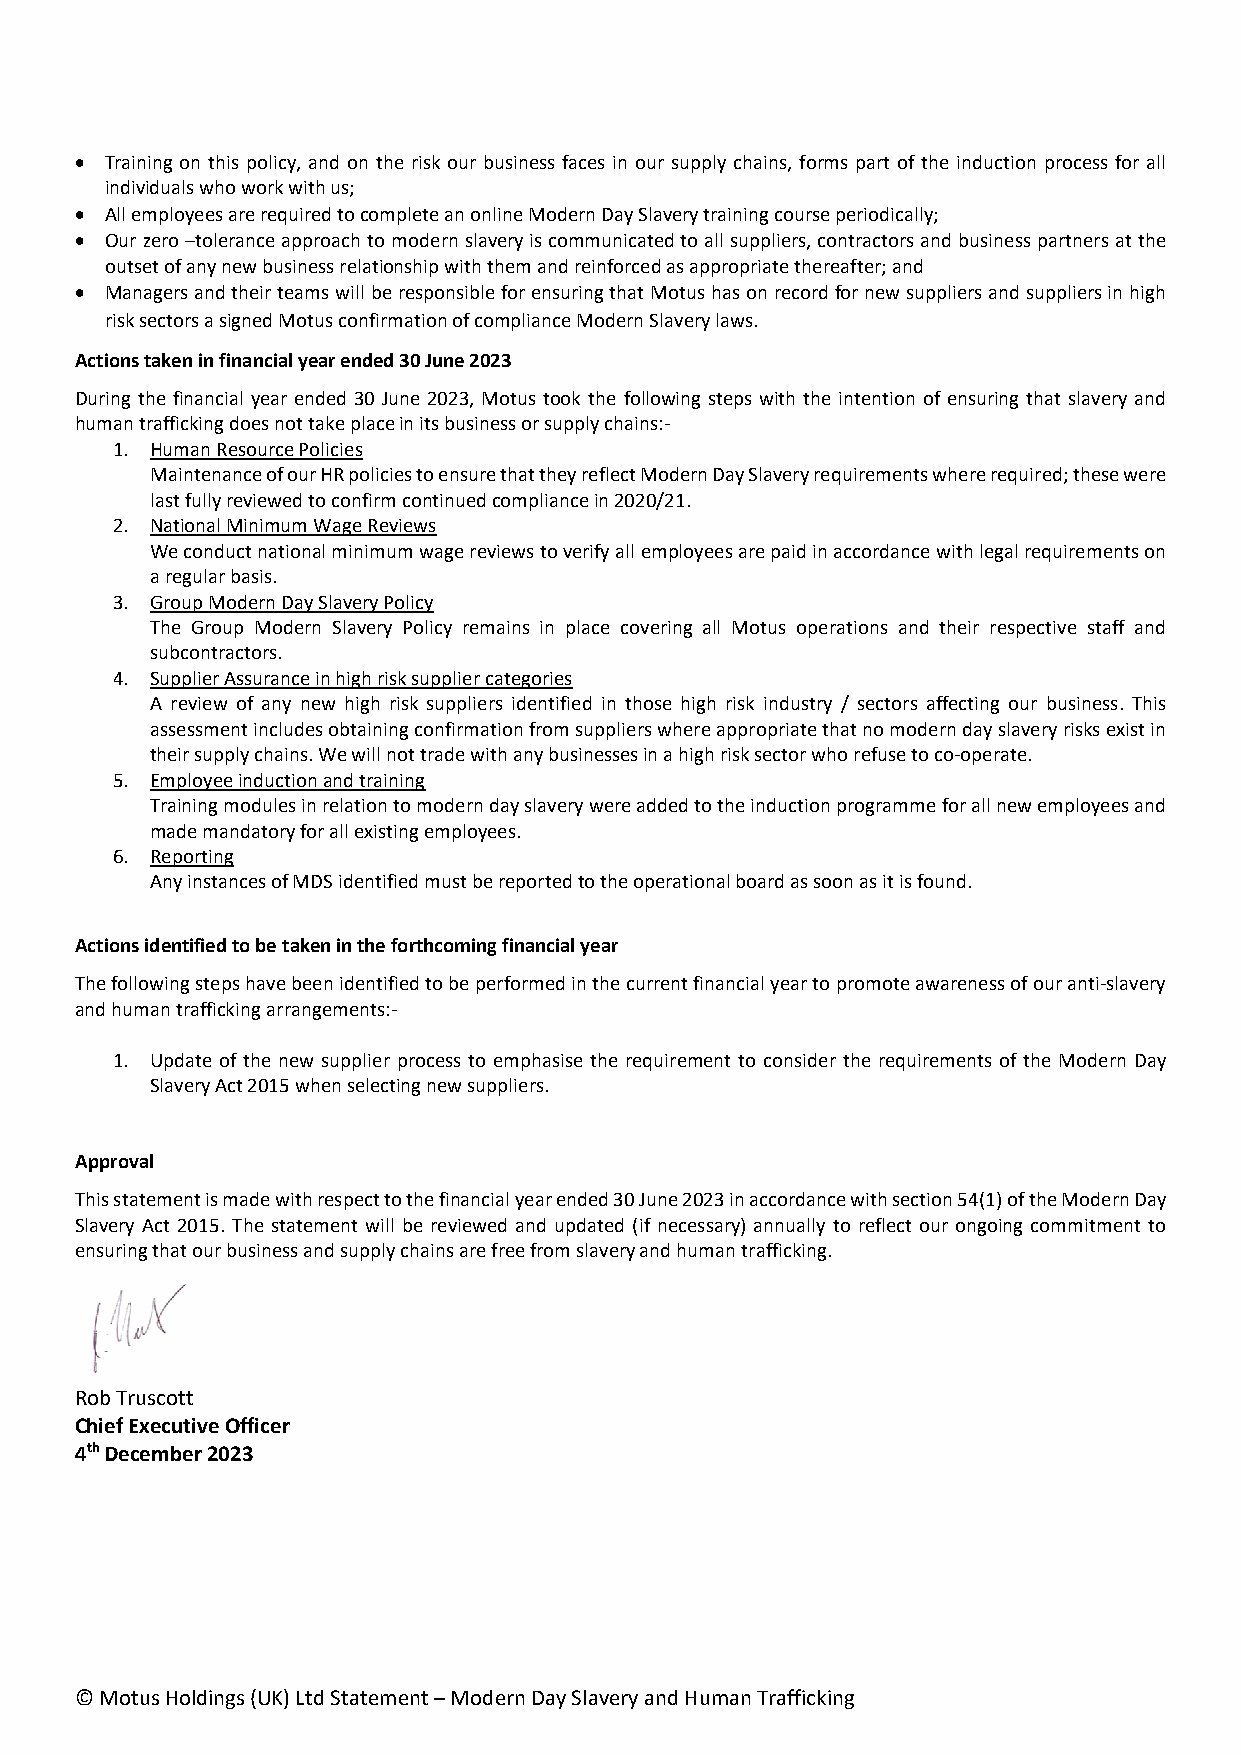
 Training on this policy, and on the risk our business faces in our supply chains, forms part of the induction process for all
 individuals who work with us;
  All employees are required to complete an online Modern Day Slavery training course periodically;
  Our zero –tolerance approach to modern slavery is communicated to all suppliers, contractors and business partners at the
 outset of any new business relationship with them and reinforced as appropriate thereafter; and
  Managers and their teams will be responsible for ensuring that Motus has on record for new suppliers and suppliers in high
 risk sectors a signed Motus confirmation of compliance Modern Slavery laws.
 Actions taken in financial year ended 30 June 2023
 During the financial year ended 30 June 2023, Motus took the following steps with the intention of ensuring that slavery and
 human trafficking does not take place in its business or supply chains:-
 1. Human Resource Policies
 Maintenance of our HR policies to ensure that they reflect Modern Day Slavery requirements where required; these were
 last fully reviewed to confirm continued compliance in 2020/21.
 2. National Minimum Wage Reviews
 We conduct national minimum wage reviews to verify all employees are paid in accordance with legal requirements on
 a regular basis.
 3. Group Modern Day Slavery Policy
 The Group Modern Slavery Policy remains in place covering all Motus operations and their respective staff and
 subcontractors.
 4. Supplier Assurance in high risk supplier categories
 A review of any new high risk suppliers identified in those high risk industry / sectors affecting our business. This
 assessment includes obtaining confirmation from suppliers where appropriate that no modern day slavery risks exist in
 their supply chains. We will not trade with any businesses in a high risk sector who refuse to co-operate.
 5. Employee induction and training
 Training modules in relation to modern day slavery were added to the induction programme for all new employees and
 made mandatory for all existing employees.
 6. Reporting
 Any instances of MDS identified must be reported to the operational board as soon as it is found.
 Actions identified to be taken in the forthcoming financial year
 The following steps have been identified to be performed in the current financial year to promote awareness of our anti-slavery
 and human trafficking arrangements:-
 1. Update of the new supplier process to emphasise the requirement to consider the requirements of the Modern Day
 Slavery Act 2015 when selecting new suppliers.
 Approval
 This statement is made with respect to the financial year ended 30 June 2023 in accordance with section 54(1) of the Modern Day
 Slavery Act 2015. The statement will be reviewed and updated (if necessary) annually to reflect our ongoing commitment to
 ensuring that our business and supply chains are free from slavery and human trafficking.
 Rob Truscott
 Chief Executive Officer
 4th December 2023
 © Motus Holdings (UK) Ltd Statement – Modern Day Slavery and Human Trafficking